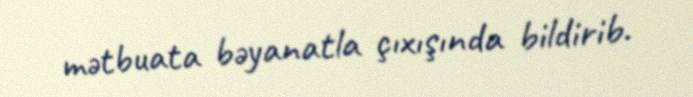
mətbuata bəyanatla çıxışında bildirib.